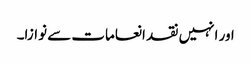
اور انہیں نقد انعامات سے نوازا۔